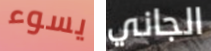
يسوء الجاني